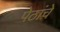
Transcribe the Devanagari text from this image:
पेठांचे